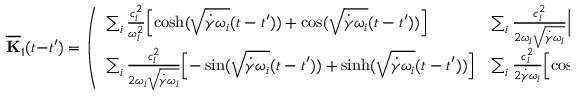
\mathbf { { \overline { { K } } } } _ { 1 } ( t - t ^ { \prime } ) = \left( \begin{array} { l l } { \sum _ { i } \frac { c _ { i } ^ { 2 } } { \omega _ { i } ^ { 2 } } \Bigl [ \cosh ( \sqrt { \dot { \gamma } \omega _ { i } } ( t - t ^ { \prime } ) ) + \cos ( \sqrt { \dot { \gamma } \omega _ { i } } ( t - t ^ { \prime } ) ) \Bigr ] } & { \sum _ { i } \frac { c _ { i } ^ { 2 } } { 2 \omega _ { i } \sqrt { \dot { \gamma } \omega _ { i } } } \Bigl [ \sin ( \sqrt { \dot { \gamma } \omega _ { i } } ( t - t ^ { \prime } ) ) - \sinh ( \sqrt { \dot { \gamma } \omega _ { i } } ( t - t ^ { \prime } ) ) \Bigr ] } \\ { \sum _ { i } \frac { c _ { i } ^ { 2 } } { 2 \omega _ { i } \sqrt { \dot { \gamma } \omega _ { i } } } \Bigl [ - \sin ( \sqrt { \dot { \gamma } \omega _ { i } } ( t - t ^ { \prime } ) ) + \sinh ( \sqrt { \dot { \gamma } \omega _ { i } } ( t - t ^ { \prime } ) ) \Bigr ] } & { \sum _ { i } \frac { c _ { i } ^ { 2 } } { 2 \dot { \gamma } \omega _ { i } } \Bigl [ \cosh ( \sqrt { \dot { \gamma } \omega _ { i } } ( t - t ^ { \prime } ) ) + \cos ( \sqrt { \dot { \gamma } \omega _ { i } } ( t - t ^ { \prime } ) ) \Bigr ] } \end{array} \right) .